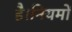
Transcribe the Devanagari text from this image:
है।नियमों